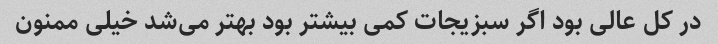
در کل عالی بود اگر سبزیجات کمی بیشتر بود بهتر می‌شد خیلی ممنون